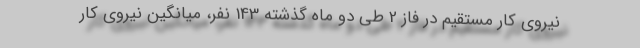
نیروی کار مستقیم در فاز 2 طی دو ماه گذشته 143 نفر، میانگین نیروی کار